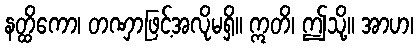
နတ္ထိကော၊ တဏှာဖြင့်အလိုမရှိ။ ဣတိ၊ ဤသို့။ အာဟ၊